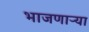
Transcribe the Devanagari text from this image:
भाजणाऱ्या